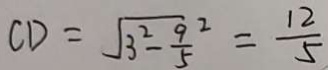
C D = \sqrt { 3 ^ { 2 } - \frac { 9 } { 5 } ^ { 2 } } = \frac { 1 2 } { 5 }